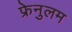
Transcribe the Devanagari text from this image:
फ्रेनुलम